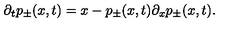
\partial _ { t } p _ { \pm } ( x , t ) = x - p _ { \pm } ( x , t ) \partial _ { x } p _ { \pm } ( x , t ) .